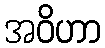
အဝိဟာ